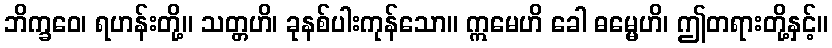
ဘိက္ခဝေ၊ ရဟန်းတို့။ သတ္တဟိ၊ ခုနစ်ပါးကုန်သော။ ဣမေဟိ ခေါ ဓမ္မေဟိ၊ ဤတရားတို့နှင့်။